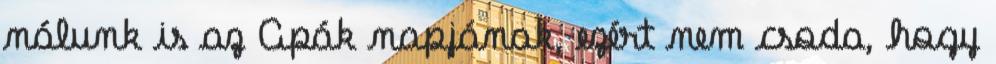
nálunk is az Apák napjának, ezért nem csoda, hogy